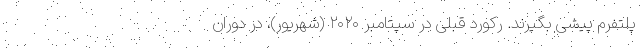
پلتفرم پیشی بگیرند. رکورد قبلی در سپتامبر ۲۰۲۰ (شهریور)، در دوران